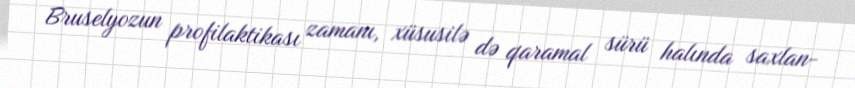
Bruselyozun profilaktikası zamanı, xüsusilə də qaramal sürü halında saxlan-